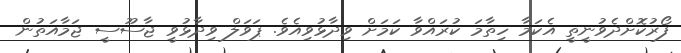
ފޯރުކޮށްދެވުނީތީ އެކަމާ ހިތާމަ ކުރައްވާ ކަމަށް ވިދާޅުވިއެވެ. ޕަވަލް ވިދާޅުވީ ޖާސޫސީ ޖަމާއަތުން